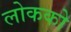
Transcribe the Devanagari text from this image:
लोकको